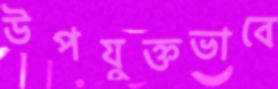
উপযুক্তভাবে